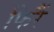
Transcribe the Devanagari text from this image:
फिरैं